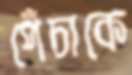
পেঁচাকে